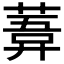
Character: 𦹊